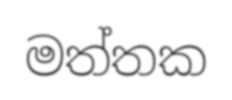
මත්තක